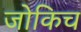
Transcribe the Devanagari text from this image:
जोकिच